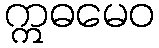
ဣဓမေဝ